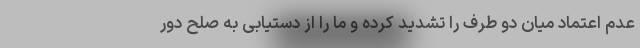
عدم اعتماد میان دو طرف را تشدید کرده و ما را از دستیابی به صلح دور